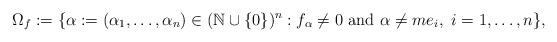
LaTeX: \begin{align*} \Omega_f:=\{\alpha:=(\alpha_1,\ldots,\alpha_n) \in (\mathbb{N} \cup \{0\})^n: f_{\alpha} \neq 0 \mbox{ and } \alpha \neq m e_i, \ i=1,\ldots,n\},\end{align*}